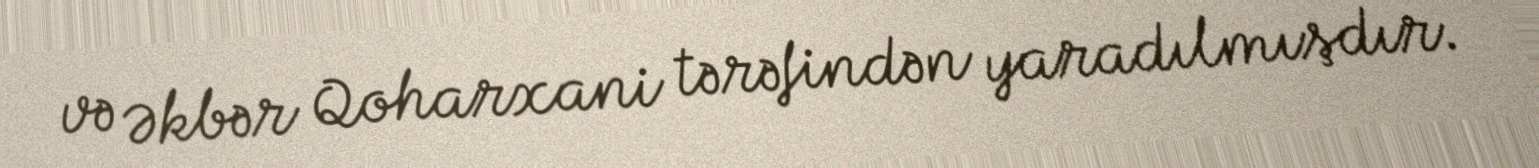
və Əkbər Qoharxani tərəfindən yaradılmışdır.